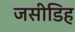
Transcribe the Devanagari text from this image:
जसीडिह